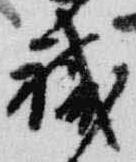
職